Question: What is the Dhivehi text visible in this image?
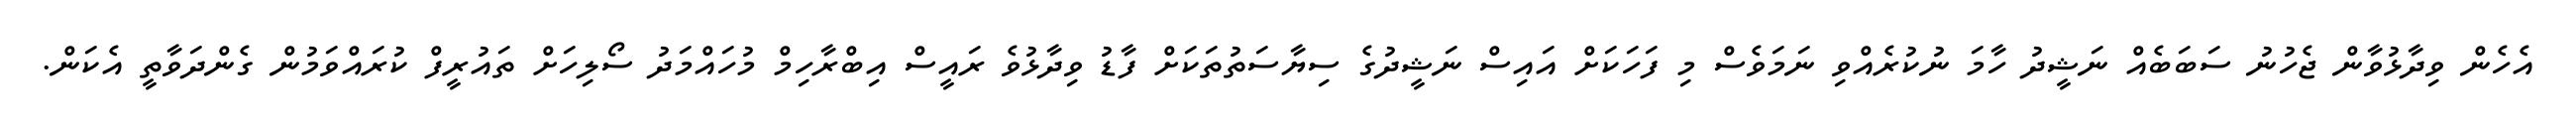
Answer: އެހެން ވިދާޅުވާން ޖެހުނު ސަބަބެއް ނަޝީދު ހާމަ ނުކުރެއްވި ނަމަވެސް މި ފަހަކަށް އައިސް ނަޝީދުގެ ސިޔާސަތުތަކަށް ފާޑު ވިދާޅުވެ ރައީސް އިބްރާހިމް މުހައްމަދު ސޯލިހަށް ތައުރީފް ކުރައްވަމުން ގެންދަވާތީ އެކަން.